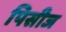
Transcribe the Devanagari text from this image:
पिसीज